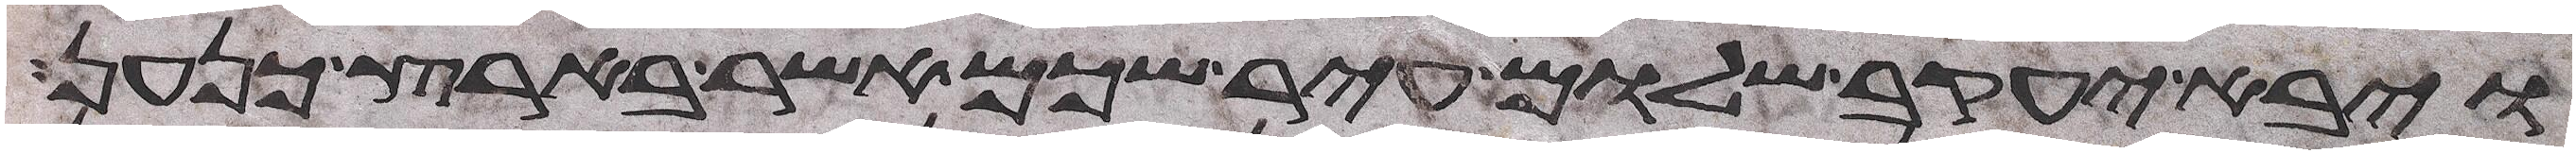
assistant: ויבא יעקב שלום עיר שכם אשר בארץ כנען